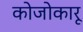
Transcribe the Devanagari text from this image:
कोजोकारू